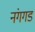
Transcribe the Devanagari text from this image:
नंगगड